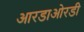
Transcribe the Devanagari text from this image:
आरडाओरडी